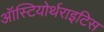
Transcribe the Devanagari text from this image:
ऑस्टियोर्थराइटिस